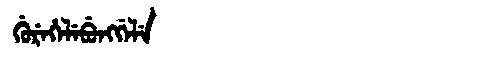
Manchu: ᡤᡠᡵᡝᡥᡝᠯᡝᠪᡠᠩᡤᡝᠯᡝ
Romanization: GUREHELEBUNGGELE